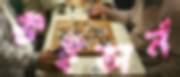
উইভার্ন